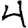
Digit: 4